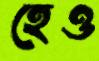
হেও